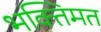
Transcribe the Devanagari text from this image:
भक्तिमत